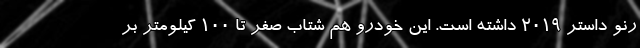
رنو داستر ۲۰۱۹ داشته است. این خودرو هم شتاب صفر تا ۱۰۰ کیلومتر بر